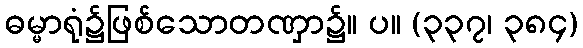
ဓမ္မာရုံ၌ဖြစ်သောတဏှာ၌။ ပ။ (၃၃၇၊ ၃၈၄)